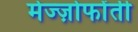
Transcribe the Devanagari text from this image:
मेज्ज़ोफोंती